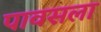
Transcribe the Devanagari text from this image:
पावसला